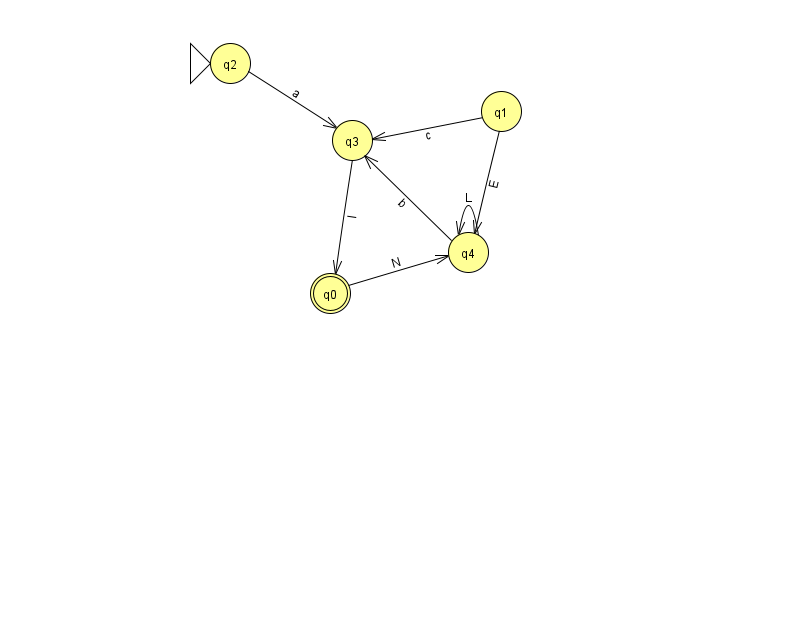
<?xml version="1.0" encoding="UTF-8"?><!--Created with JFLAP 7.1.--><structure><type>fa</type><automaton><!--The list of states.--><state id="0" name="q0"><x>330.0</x><y>280.0</y><final/></state><state id="1" name="q1"><x>501.0</x><y>98.0</y></state><state id="2" name="q2"><x>230.0</x><y>50.0</y><initial/></state><state id="3" name="q3"><x>352.0</x><y>127.0</y></state><state id="4" name="q4"><x>468.0</x><y>239.0</y></state><!--The list of transitions.--><transition><from>0</from><to>4</to><read>N</read></transition><transition><from>3</from><to>0</to><read>l</read></transition><transition><from>4</from><to>3</to><read>b</read></transition><transition><from>2</from><to>3</to><read>a</read></transition><transition><from>1</from><to>3</to><read>c</read></transition><transition><from>1</from><to>4</to><read>E</read></transition><transition><from>4</from><to>4</to><read>L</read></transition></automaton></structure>